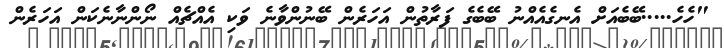
"ހެހެ.....ބޭބެއަށް އެނގެއެއްނު ބޭބެގެ ފަރާތުން އަހަރެން ބޭނުންވާނެ ވަކި އެއްޗެއް ނޯންނާނެކަން އަހަރެން